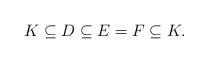
LaTeX: \begin{align*}K \subseteq D \subseteq E = F \subseteq K.\end{align*}